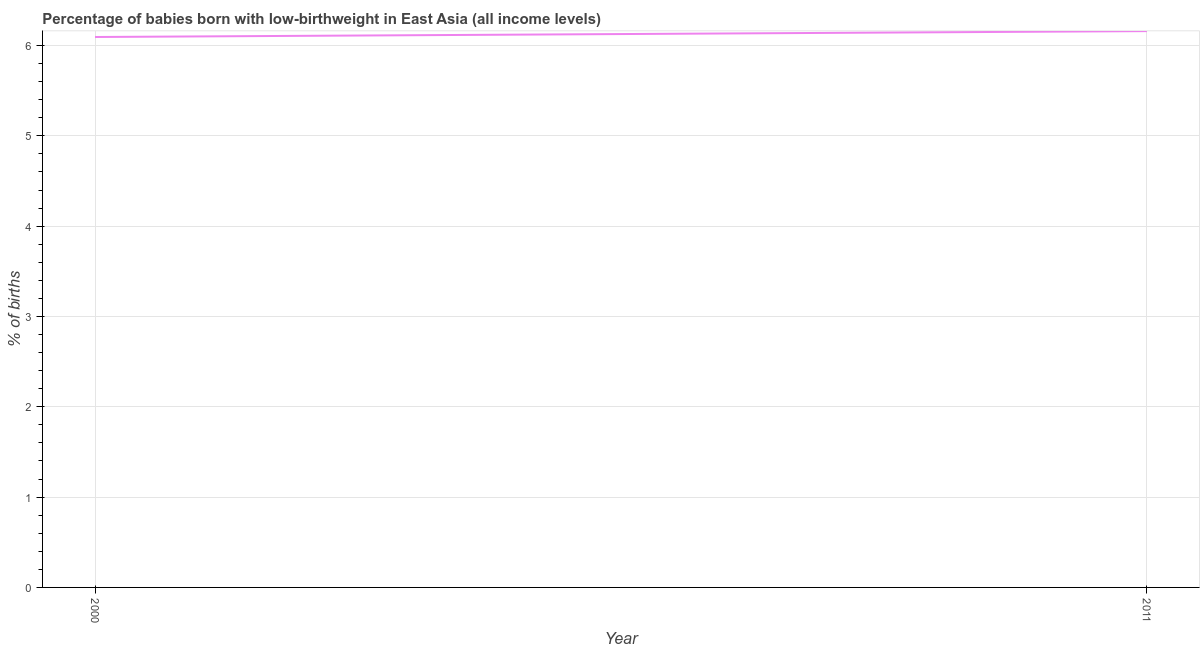
| Year | Low-birthweight babies |
 | --- | --- |
 | 2000 | 6.09 |
 | 2011 | 6.16 |